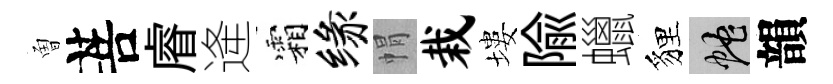
曽菩𥈠逄霜缘㡌栽塿隃蠟貍蛇韻